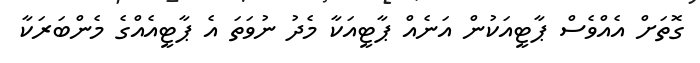
ގޮތަށް އެއްވެސް ޕާޓީއަކުން އަނެއް ޕާޓީއަކާ މެދު ނުވަތަ އެ ޕާޓީއެއްގެ މެންބަރަކާ